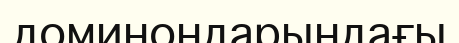
доминондарындағы